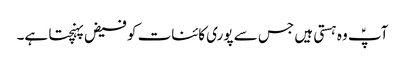
آپؑ وہ ہستی ہیں جس سے پوری کائنات کو فیض پہنچتا ہے۔